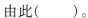
由此( )。